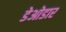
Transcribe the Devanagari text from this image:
डेओडार